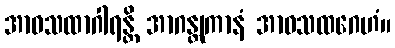
အာဝသထာဂါရန္တိ အာဂန္တုကာနံ အာဝသထဂေဟံ။